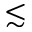
\lesssim